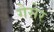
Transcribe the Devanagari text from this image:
गेसेर